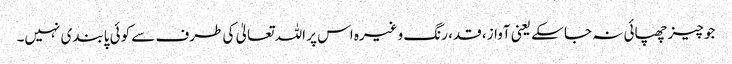
جو چیز چھپائی نہ جا سکے یعنی آواز، قد، رنگ وغیرہ اس پر اللہ تعالیٰ کی طرف سے کوئی پابندی نہیں۔